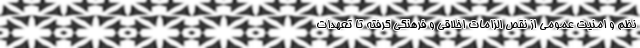
نظم و امنیت عمومی از نقص الزامات اخلاقی و فرهنگی گرفته تا تعهدات